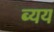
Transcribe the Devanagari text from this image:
ब्यय